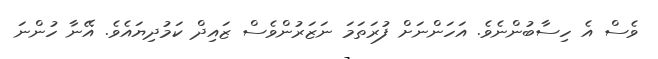
ވެސް އެ ހިސާބުންނެވެ. އަހަންނަށް ފުރަތަމަ ނަޒަރުންވެސް ޒައިދް ކަމުދިޔައެވެ. އޭނާ ހުންނަ